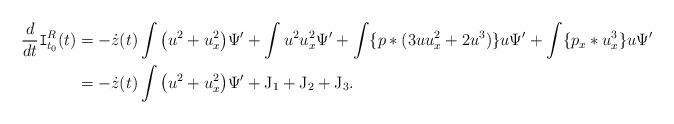
LaTeX: \begin{align*}\dfrac{d}{dt}\mathtt{I}_{t_0}^R(t)&=-\dot z(t)\int \big(u^2+u_x^2\big)\Psi'+\int u^2u_x^2\Psi'+\int \{p*(3uu_x^2+2u^3)\}u\Psi'+\int \{p_x*u_x^3\}u\Psi'\\ & =-\dot z(t)\int \big(u^2+u_x^2\big)\Psi'+\mathrm{J}_1+\mathrm{J}_2+\mathrm{J}_3. \end{align*}